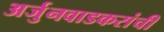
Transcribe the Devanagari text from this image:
अर्जुनवाडकरांची